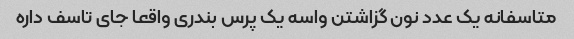
متاسفانه یک عدد نون گزاشتن واسه یک پرس بندری واقعا جای تاسف داره